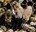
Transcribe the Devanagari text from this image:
जायॆगे